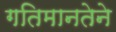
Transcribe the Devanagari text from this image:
गतिमानतेने